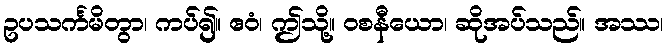
ဥပသင်္ကမိတွာ၊ ကပ်၍။ ဧဝံ၊ ဤသို့။ ဝစနီယော၊ ဆိုအပ်သည်။ အဿ၊